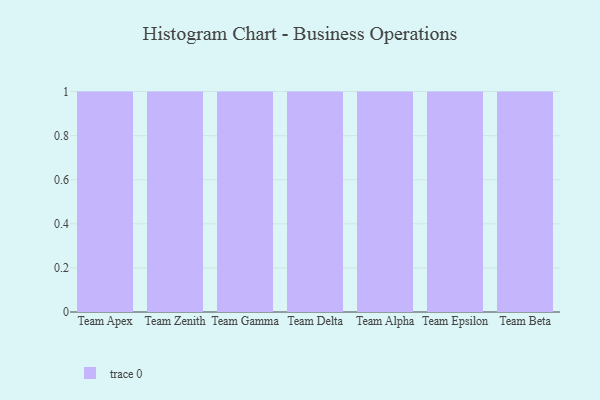
{"axis": {"x": "Team", "y": "Humidity (%)"}, "legend": [""], "data": [{"x": "Team Apex", "y": 65, "type": ""}, {"x": "Team Zenith", "y": 31, "type": ""}, {"x": "Team Gamma", "y": 57, "type": ""}, {"x": "Team Delta", "y": 29, "type": ""}, {"x": "Team Alpha", "y": 24, "type": ""}, {"x": "Team Epsilon", "y": 5, "type": ""}, {"x": "Team Beta", "y": 99, "type": ""}]}